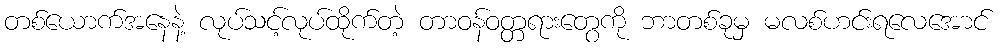
တစ်ယောက်အနေနဲ့ လုပ်သင့်လုပ်ထိုက်တဲ့ တာဝန်ဝတ္တရားတွေကို ဘာတစ်ခုမှ မလစ်ဟင်းရလေအောင်